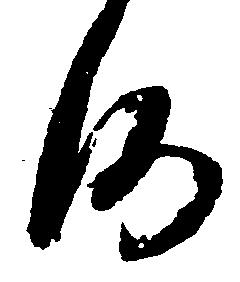
何